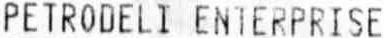
PETRODELI ENTERPRISE